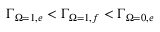
\ensuremath { \Gamma } _ { \ensuremath { \Omega } = 1 , e } < \ensuremath { \Gamma } _ { \ensuremath { \Omega } = 1 , f } < \ensuremath { \Gamma } _ { \ensuremath { \Omega } = 0 , e }